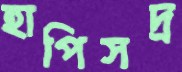
হাপিসদ্র